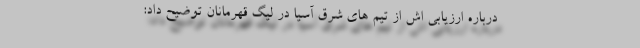
درباره ارزیابی اش از تیم های شرق آسیا در لیگ قهرمانان توضیح داد: